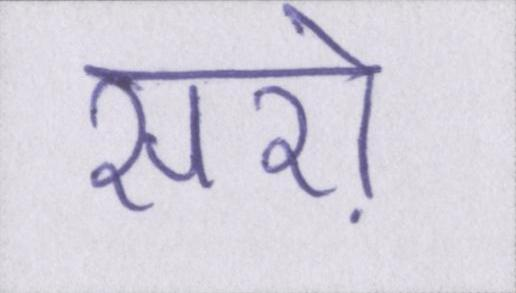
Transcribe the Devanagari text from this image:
सरो